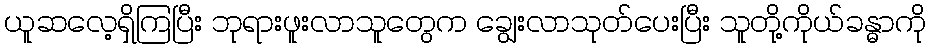
ယူဆလေ့ရှိကြပြီး ဘုရားဖူးလာသူတွေက ချွေးလာသုတ်ပေးပြီး သူတို့ကိုယ်ခန္ဓာကို